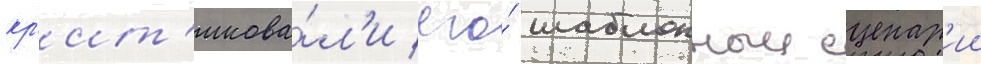
кр'ит'икова́л'и его́ шаблонныи сценар'ии